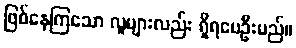
ဖြစ်နေကြသော လူများလည်း ရှိရပေဦးမည်။